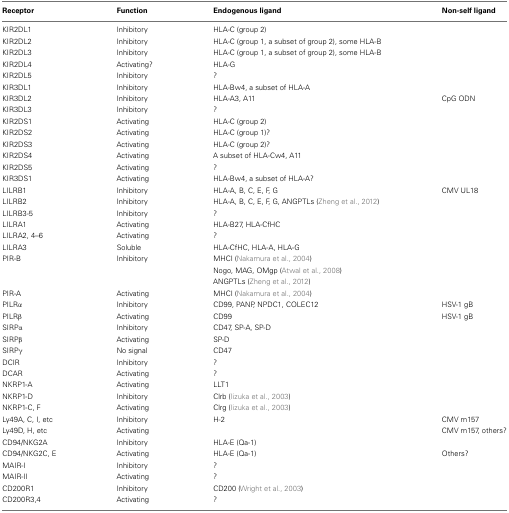
<table><thead><tr><td><b>Receptor</b></td><td><b>Function</b></td><td><b>Endogenous ligand</b></td><td><b>Non-self ligand</b></td></tr></thead><tbody><tr><td>KIR2DL1</td><td>Inhibitory</td><td>HLA-C (group 2)</td><td></td></tr><tr><td>KIR2DL2</td><td>Inhibitory</td><td>HLA-C (group 1, a subset of group 2), some HLA-B</td><td></td></tr><tr><td>KIR2DL3</td><td>Inhibitory</td><td>HLA-C (group 1, a subset of group 2), some HLA-B</td><td></td></tr><tr><td>KIR2DL4</td><td>Activating?</td><td>HLA-G</td><td></td></tr><tr><td>KIR2DL5</td><td>Inhibitory</td><td>?</td><td></td></tr><tr><td>KIR3DL1</td><td>Inhibitory</td><td>HLA-Bw4, a subset of HLA-A</td><td></td></tr><tr><td>KIR3DL2</td><td>Inhibitory</td><td>HLA-A3, A11</td><td>CpG ODN</td></tr><tr><td>KIR3DL3</td><td>Inhibitory</td><td>?</td><td></td></tr><tr><td>KIR2DS1</td><td>Activating</td><td>HLA-C (group 2)</td><td></td></tr><tr><td>KIR2DS2</td><td>Activating</td><td>HLA-C (group 1)?</td><td></td></tr><tr><td>KIR2DS3</td><td>Activating</td><td>HLA-C (group 2)?</td><td></td></tr><tr><td>KIR2DS4</td><td>Activating</td><td>A subset of HLA-Cw4, A11</td><td></td></tr><tr><td>KIR2DS5</td><td>Activating</td><td>?</td><td></td></tr><tr><td>KIR3DS1</td><td>Activating</td><td>HLA-Bw4, a subset of HLA-A?</td><td></td></tr><tr><td>LILRB1</td><td>Inhibitory</td><td>HLA-A, B, C, E, F, G</td><td>CMV UL18</td></tr><tr><td>LILRB2</td><td>Inhibitory</td><td>HLA-A, B, C, E, F, G, ANGPTLs (Zheng et al., 2012)</td><td></td></tr><tr><td>LILRB3-5</td><td>Inhibitory</td><td>?</td><td></td></tr><tr><td>LILRA1</td><td>Activating</td><td>HLA-B27, HLA-CfHC</td><td></td></tr><tr><td>LILRA2, 4–6</td><td>Activating</td><td>?</td><td></td></tr><tr><td>LILRA3</td><td>Soluble</td><td>HLA-CfHC, HLA-A, HLA-G</td><td></td></tr><tr><td>PIR-B</td><td>Inhibitory</td><td>MHCI (Nakamura et al., 2004)</td><td></td></tr><tr><td></td><td></td><td>Nogo, MAG, OMgp (Atwal et al., 2008)</td><td></td></tr><tr><td></td><td></td><td>ANGPTLs (Zheng et al., 2012)</td><td></td></tr><tr><td>PIR-A</td><td>Activating</td><td>MHCI (Nakamura et al., 2004)</td><td></td></tr><tr><td>PILRα</td><td>Inhibitory</td><td>CD99, PANP, NPDC1, COLEC12</td><td>HSV-1 gB</td></tr><tr><td>PILRβ</td><td>Activating</td><td>CD99</td><td>HSV-1 gB</td></tr><tr><td>SIRPα</td><td>Inhibitory</td><td>CD47, SP-A, SP-D</td><td></td></tr><tr><td>SIRPβ</td><td>Activating</td><td>SP-D</td><td></td></tr><tr><td>SIRPγ</td><td>No signal</td><td>CD47</td><td></td></tr><tr><td>DCIR</td><td>Inhibitory</td><td>?</td><td></td></tr><tr><td>DCAR</td><td>Activating</td><td>?</td><td></td></tr><tr><td>NKRP1-A</td><td>Activating</td><td>LLT1</td><td></td></tr><tr><td>NKRP1-D</td><td>Inhibitory</td><td>Clrb (Iizuka et al., 2003)</td><td></td></tr><tr><td>NKRP1-C, F</td><td>Activating</td><td>Clrg (Iizuka et al., 2003)</td><td></td></tr><tr><td>Ly49A, C, I, etc</td><td>Inhibitory</td><td>H-2</td><td>CMV m157</td></tr><tr><td>Ly49D, H, etc</td><td>Activating</td><td></td><td>CMV m157, others?</td></tr><tr><td>CD94/NKG2A</td><td>Inhibitory</td><td>HLA-E (Qa-1)</td><td></td></tr><tr><td>CD94/NKG2C, E</td><td>Activating</td><td>HLA-E (Qa-1)</td><td>Others?</td></tr><tr><td>MAIR-I</td><td>Inhibitory</td><td>?</td><td></td></tr><tr><td>MAIR-II</td><td>Activating</td><td>?</td><td></td></tr><tr><td>CD200R1</td><td>Inhibitory</td><td>CD200 (Wright et al., 2003)</td><td></td></tr><tr><td>CD200R3,4</td><td>Activating</td><td>?</td><td></td></tr></tbody></table>